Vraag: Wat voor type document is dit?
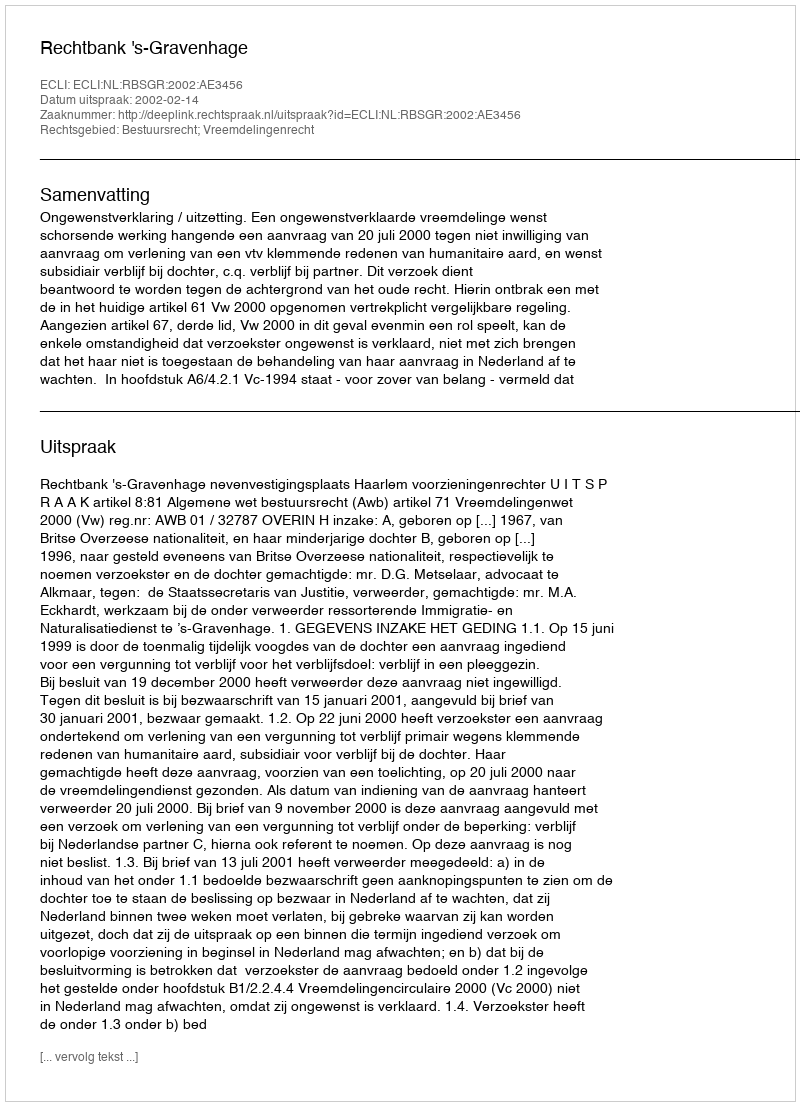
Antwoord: Uitspraak